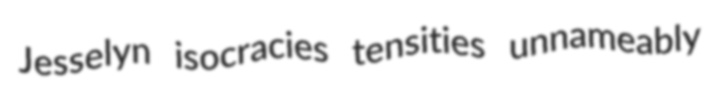
Jesselyn isocracies tensities unnameably